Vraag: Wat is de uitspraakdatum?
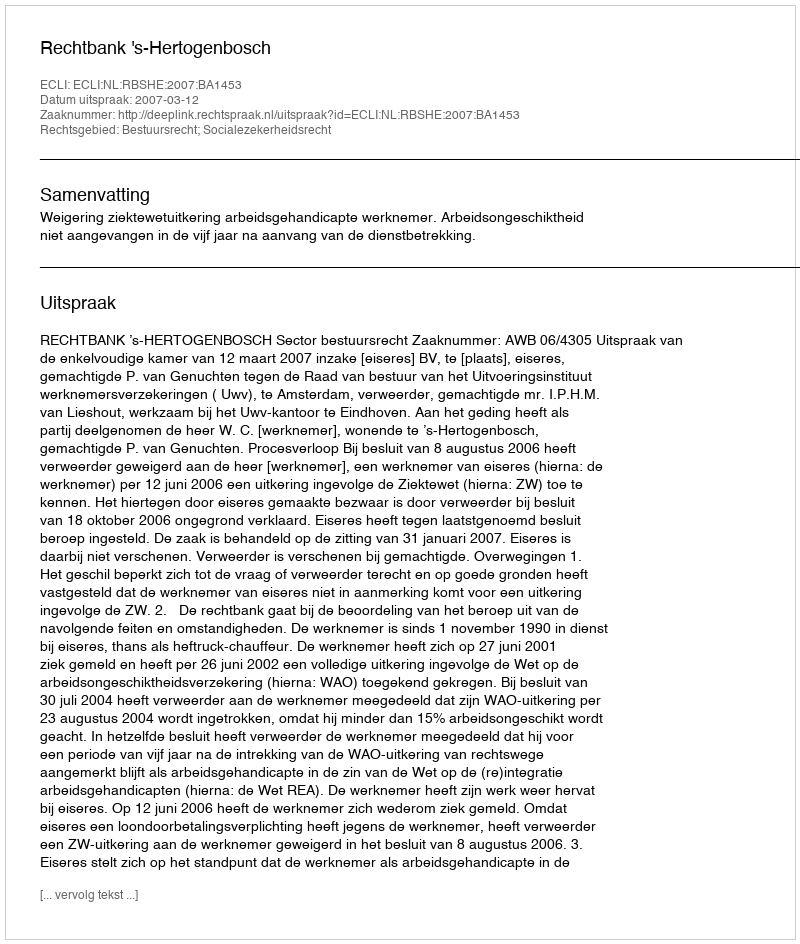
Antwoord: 2007-03-12